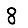
Digit: 8